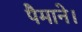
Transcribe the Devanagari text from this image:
पैमाने।